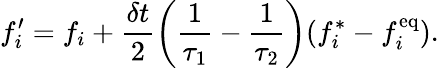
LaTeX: f_{i}^{\prime}=f_{i}+\frac{\delta t}{2}\left(\frac{1}{\tau_{1}}-\frac{1}{\tau_{2}}\right)(f_{i}^{\ast}-f_{i}^{\mathrm{eq}}).